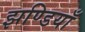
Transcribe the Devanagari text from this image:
झण्डियाँ